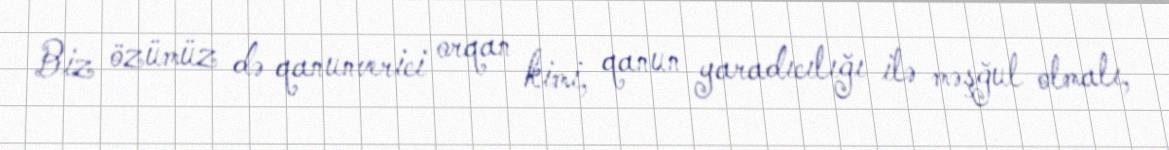
Biz özümüz də qanunverici orqan kimi, qanun yaradıcılığı ilə məşğul olmalı,